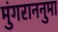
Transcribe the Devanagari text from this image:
मुंगराननुमा